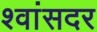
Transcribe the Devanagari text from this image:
श्वांसदर